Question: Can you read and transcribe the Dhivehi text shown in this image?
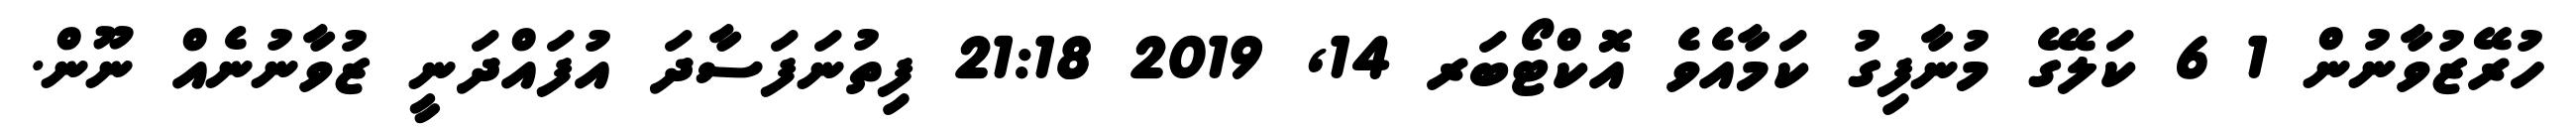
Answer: ހުރޭޒުވާނުން 1 6 ކަލޭގެ މުނާފިގު ކަމާއެވެ އޮކްޓޯބަރ 14, 2019 21:18 ފިތުނަފަސާދަ އުފައްދަނީ ޒުވާނުނެއް ނޫން.